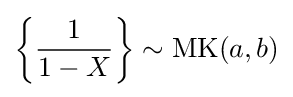
\left\{{\frac {1}{1-X}}\right\}\sim {\textrm {MK}}(a,b)